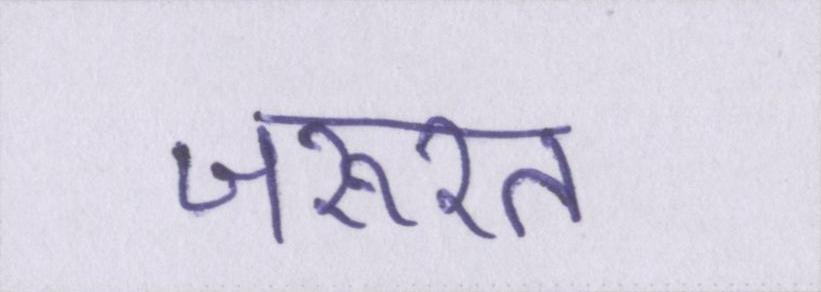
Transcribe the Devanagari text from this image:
जरूरत